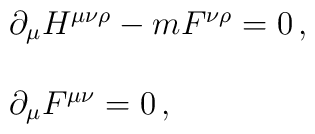
\begin{array}{rcl}&&  \partial_{\mu} H^{\mu\nu\rho} - m F^{\nu\rho} = 0\, ,\\ & & \\&&  \partial_{\mu} F^{\mu\nu}=0\, ,\\\end{array}